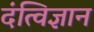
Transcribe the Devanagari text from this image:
दंत्विज्ञान